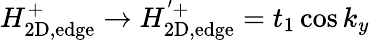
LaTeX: H_{\mathrm{2D,edge}}^{+}\rightarrow H_{\mathrm{2D,edge}}^{'+}=t_{1}\cos k_{y}